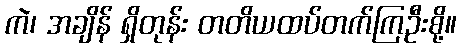
ကဲ၊ အချိန် ရှိတုန်း တတိယထပ်တက်ကြဦးစို့။